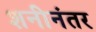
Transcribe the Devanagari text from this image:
शनीनंतर